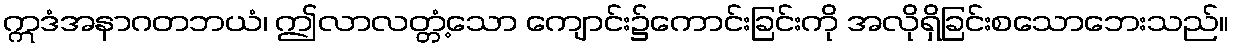
ဣဒံအနာဂတဘယံ၊ ဤလာလတ္တံ့သော ကျောင်း၌ကောင်းခြင်းကို အလိုရှိခြင်းစသောဘေးသည်။